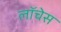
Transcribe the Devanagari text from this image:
लॉचेस